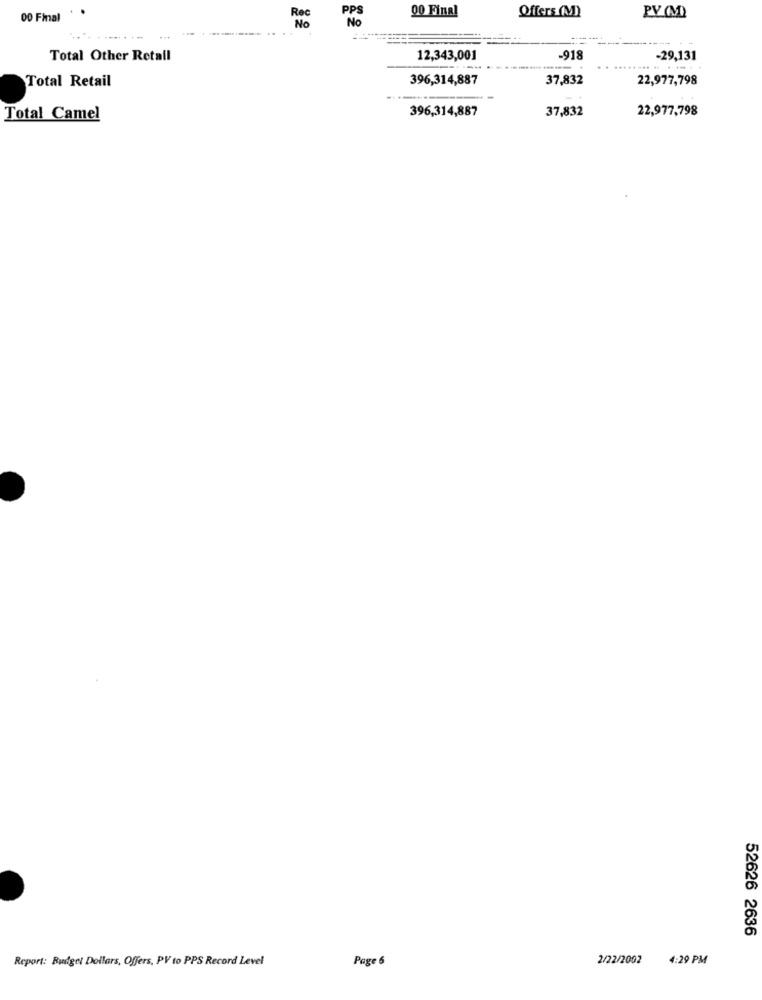
00 Final
00 Final
Rec
No
Offers(M)
PV (M)
...
Total Other Retail
12,343,001
-918
-29,131
.......
Total Retail
396,314,887
37,832
22,977,798
396,314,887
37,832
22,977,798
Total Camel
52626 2636
Report: Budget Dollars, Offers, PV to PPS Record Level
Page 6
2/22/2002
4:29 PM